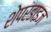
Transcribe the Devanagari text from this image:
शेपरडाइज